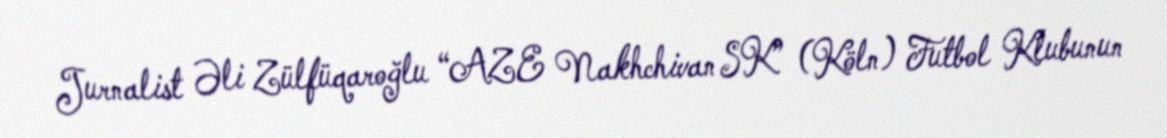
Jurnalist Əli Zülfüqaroğlu “AZE Nakhchivan SK” (Köln) Futbol Klubunun